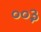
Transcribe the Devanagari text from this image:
००३